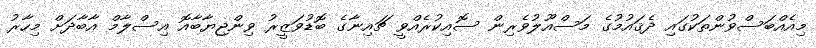
މިއެއްބަސްވުންތަކުގައި ދެޤައުމުގެ މަސްއޫލުވެރިން ސޮއިކުރެއްވީ ޗައިނާގެ ބޮޑުވަޒީރު ވިންޖިޔާބާއޮ އިސްލާމް އާބާދަށް މިހާރު